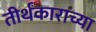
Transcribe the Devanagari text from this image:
तीर्थंकाराच्या